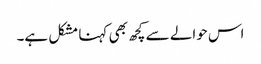
اس حوالے سے کچھ بھی کہنا مشکل ہے۔